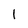
Character: l